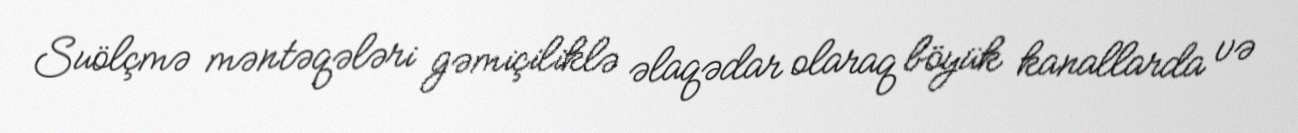
Suölçmə məntəqələri gəmiçiliklə əlaqədar olaraq böyük kanallarda və